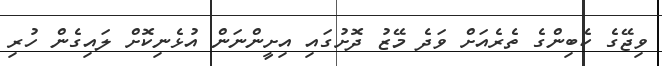
ވިޖޭގެ ކެބިންގެ ތެރެއަށް ވަދެ މޭޒު ދޮށުގައި އިށީންނަން އުޅެނިކޮށް ލައިގެން ހުރި